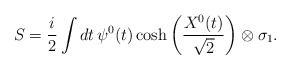
LaTeX: \begin{align*} S=\frac{i}{2}\int dt\, \psi^0(t)\cosh\left(\frac{X^0(t)}{\sqrt{2}}\right)\otimes\sigma_1.\end{align*}